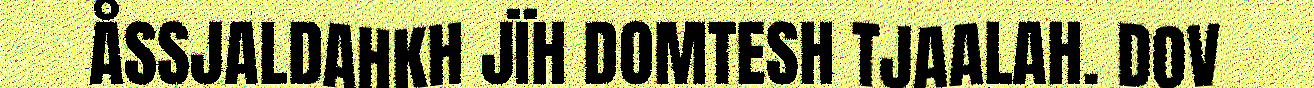
ÅSSJALDAHKH JÏH DOMTESH TJAALAH. DOV